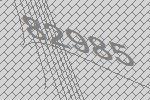
82985